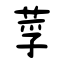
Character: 莩